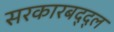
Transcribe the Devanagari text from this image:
सरकारबद्द्ल